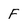
Character: F